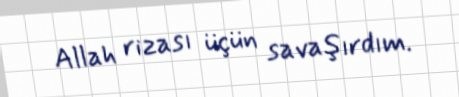
Allah rizası üçün savaşırdım.